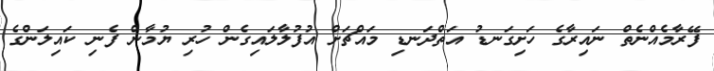
ފޭރާމެއްނެތް ނައިރާގެ ހަށިގަނޑު އަތްދަނޑި މައްޗަށް އުފުލާލައިގެން ހުރި ޔުމާން ފެނި ކައިލަންގެ